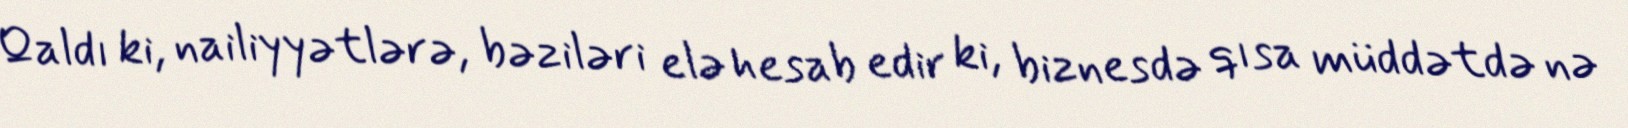
Qaldı ki, nailiyyətlərə, bəziləri elə hesab edir ki, biznesdə qısa müddətdə nə